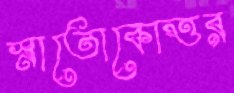
স্নাতোকোত্তর